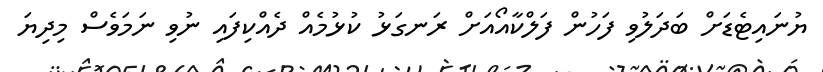
ޔުނައިޓެޑަށް ބަދަލުވި ފަހުން ފަލްކާއޯއަށް ރަނގަޅު ކުޅުމެއް ދެއްކިފައި ނުވި ނަމަވެސް މިދިޔަ